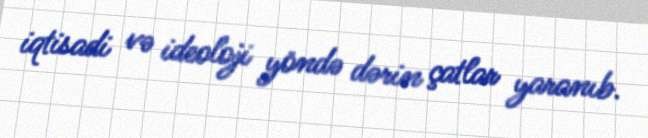
iqtisadi və ideoloji yöndə dərin çatlar yaranıb.